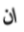
ان